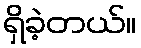
ရှိခဲ့တယ်။